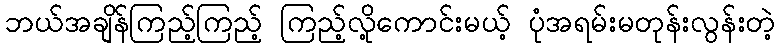
ဘယ်အချိန်ကြည့်ကြည့် ကြည့်လို့ကောင်းမယ့် ပုံအရမ်းမတုန်းလွန်းတဲ့